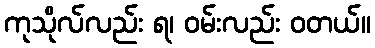
ကုသိုလ်လည်း ရ၊ ဝမ်းလည်း ဝတယ်။